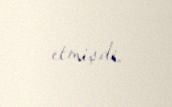
etmişdi.